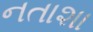
નતાશા